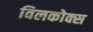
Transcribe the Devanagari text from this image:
विलकोक्स